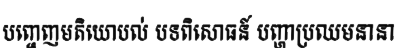
បញ្ចេញមតិយោបល់ បទពិសោធន៍ បញ្ហាប្រឈមនានា